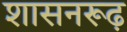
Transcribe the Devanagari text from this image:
शासनरूढ़